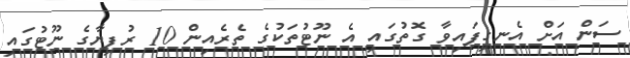
ސަން އަށް އެނގިފައިވާ ގޮތުގައި އެ ނޫޓުތަކުގެ ތެރެއިން 10 ރުފިޔާގެ ނޫޓުގައި